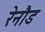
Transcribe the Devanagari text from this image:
रेनौड